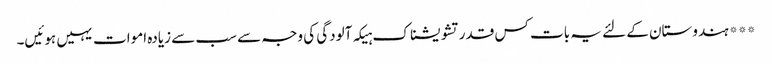
*** ہندوستان کے لئے یہ بات کس قدر تشویشناک ہیکہ آلودگی کی وجہ سے سب سے زیادہ اموات یہیں ہوئیں۔